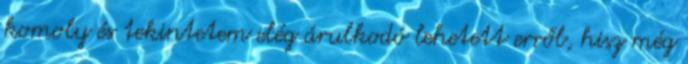
komoly és tekintetem elég árulkodó lehetett erről, hisz még